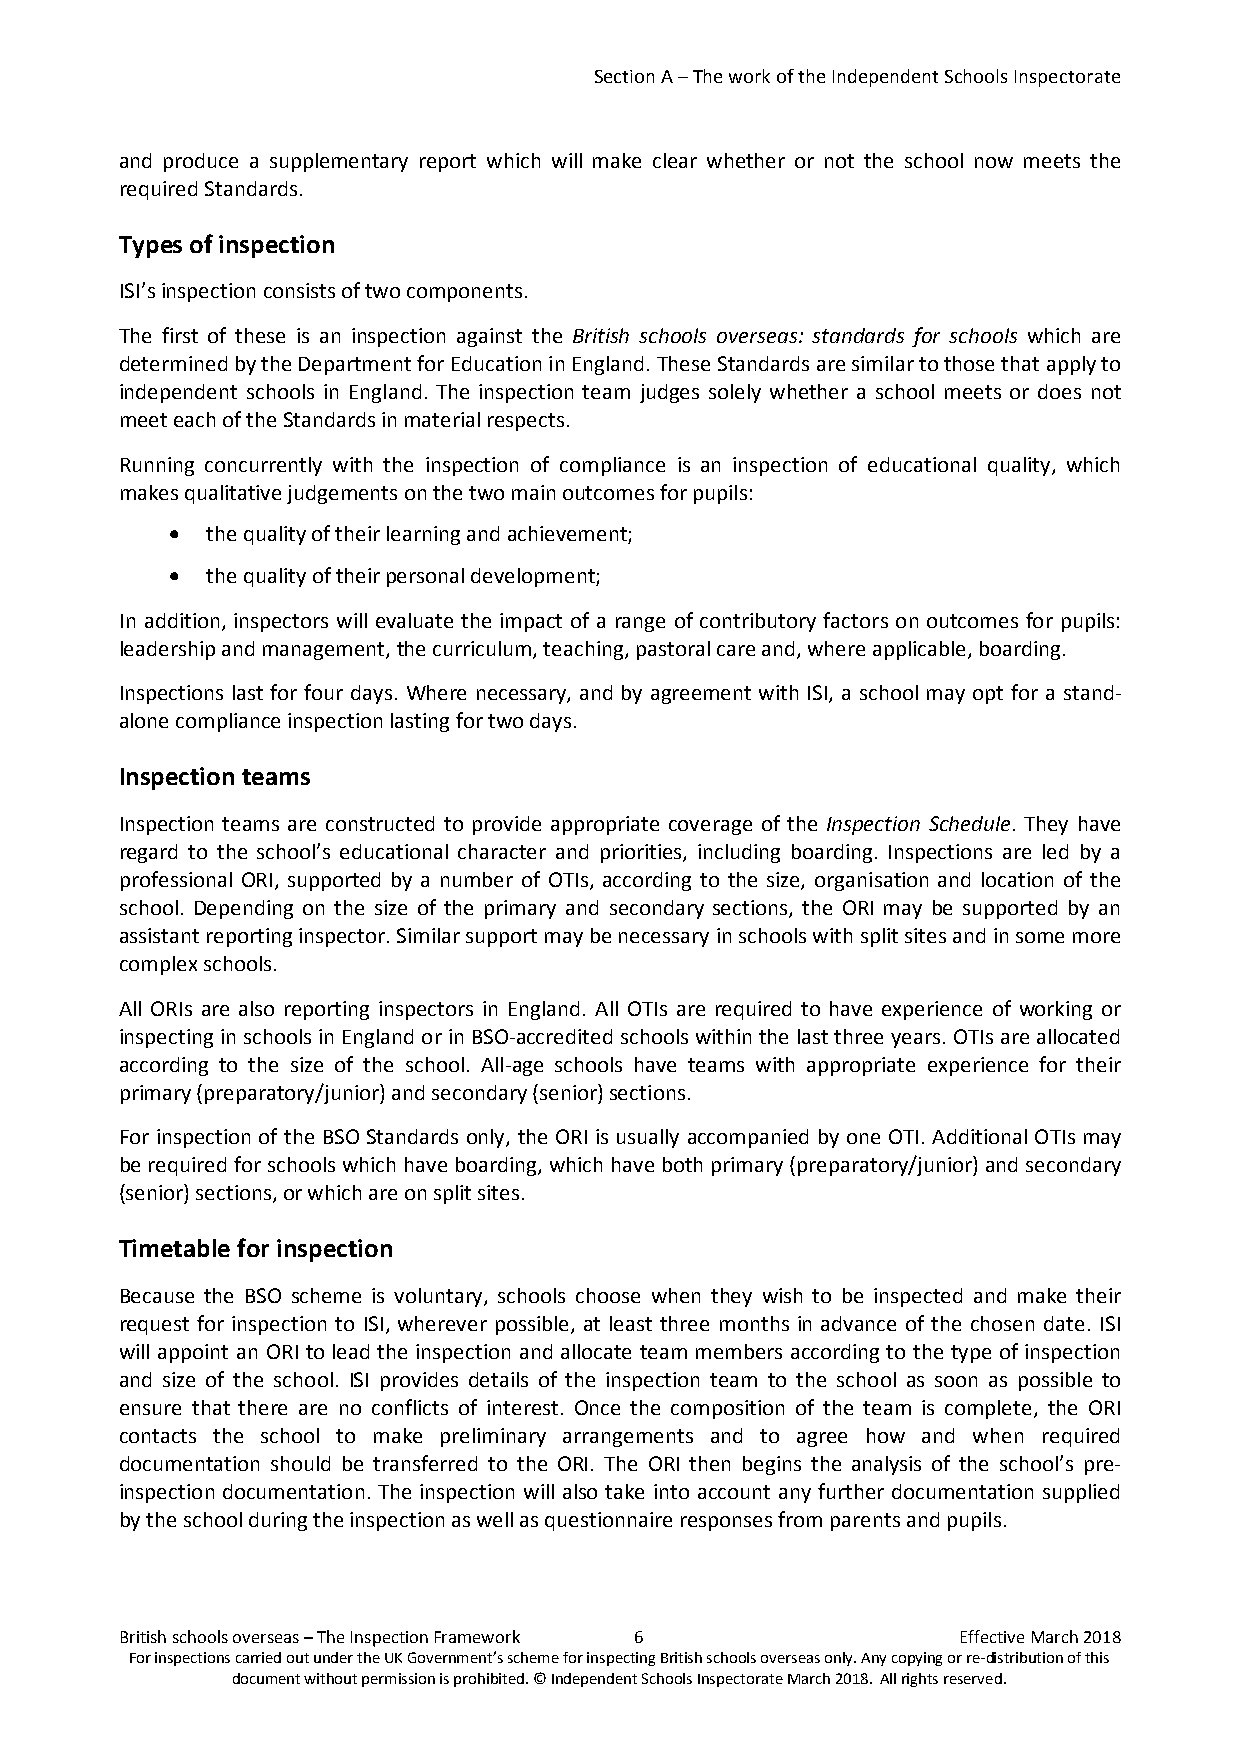
Section A – The work of the Independent Schools Inspectorate
 and produce a supplementary report which will make clear whether or not the school now meets the
 required Standards.
 Types of inspection
 ISI’s inspection consists of two components.
 The first of these is an inspection against the British schools overseas: standards for schools which are
 determined by the Department for Education in England. These Standards are similar to those that apply to
 independent schools in England. The inspection team judges solely whether a school meets or does not
 meet each of the Standards in material respects.
 Running concurrently with the inspection of compliance is an inspection of educational quality, which
 makes qualitative judgements on the two main outcomes for pupils:
 •  the quality of their learning and achievement;
 •  the quality of their personal development;
 In addition, inspectors will evaluate the impact of a range of contributory factors on outcomes for pupils:
 leadership and management, the curriculum, teaching, pastoral care and, where applicable, boarding.
 Inspections last for four days. Where necessary, and by agreement with ISI, a school may opt for a stand-
 alone compliance inspection lasting for two days.
 Inspection teams
 Inspection teams are constructed to provide appropriate coverage of the Inspection Schedule. They have
 regard to the school’s educational character and priorities, including boarding. Inspections are led by a
 professional ORI, supported by a number of OTIs, according to the size, organisation and location of the
 school. Depending on the size of the primary and secondary sections, the ORI may be supported by an
 assistant reporting inspector. Similar support may be necessary in schools with split sites and in some more
 complex schools.
 All ORIs are also reporting inspectors in England. All OTIs are required to have experience of working or
 inspecting in schools in England or in BSO-accredited schools within the last three years. OTIs are allocated
 according to the size of the school. All-age schools have teams with appropriate experience for their
 primary (preparatory/junior) and secondary (senior) sections.
 For inspection of the BSO Standards only, the ORI is usually accompanied by one OTI. Additional OTIs may
 be required for schools which have boarding, which have both primary (preparatory/junior) and secondary
 (senior) sections, or which are on split sites.
 Timetable for inspection
 Because the BSO scheme is voluntary, schools choose when they wish to be inspected and make their
 request for inspection to ISI, wherever possible, at least three months in advance of the chosen date. ISI
 will appoint an ORI to lead the inspection and allocate team members according to the type of inspection
 and size of the school. ISI provides details of the inspection team to the school as soon as possible to
 ensure that there are no conflicts of interest. Once the composition of the team is complete, the ORI
 contacts the school to make preliminary arrangements and to agree how and when required
 documentation should be transferred to the ORI. The ORI then begins the analysis of the school’s pre-
 inspection documentation. The inspection will also take into account any further documentation supplied
 by the school during the inspection as well as questionnaire responses from parents and pupils.
 British schools overseas – The Inspection Framework 6  Effective March 2018
 For inspections carried out under the UK Government’s scheme for inspecting British schools overseas only. Any copying or re-distribution of this
 document without permission is prohibited. © Independent Schools Inspectorate March 2018. All rights reserved.